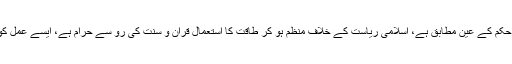
باغیوں کو کچلنا دینی حکم کے عین مطابق ہے، اسلامی ریاست کے خلاف منظم ہو کر طاقت کا استعمال قرآن و سنت کی رو سے حرام ہے، ایسے عمل کو بغاوت کہا جائے گا۔